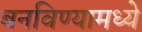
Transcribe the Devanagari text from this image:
बनविण्यामध्ये